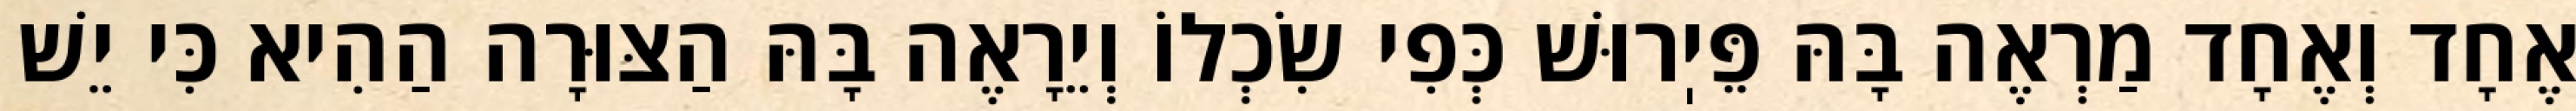
אֶחָד וְאֶחָד מַרְאֶה בָּהּ פֵּיֽרוּשׁ כְּפִי שִׂכְלוֹ וְיֵרָאֶה בָּהּ הַצּוּרָה הַהִיא כִּי יֵשׁ